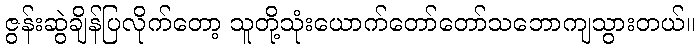
ဇွန်းဆွဲချိန်ပြလိုက်တော့ သူတို့သုံးယောက်တော်တော်သဘောကျသွားတယ်။